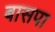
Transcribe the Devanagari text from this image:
बासपा